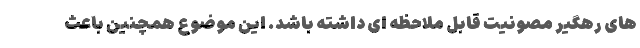
های رهگیر مصونیت قابل ملاحظه ای داشته باشد. این موضوع همچنین باعث